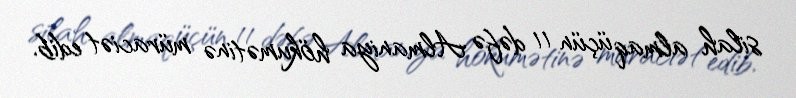
silah almaq üçün 11 dəfə Almaniya hökumətinə müraciət edib.